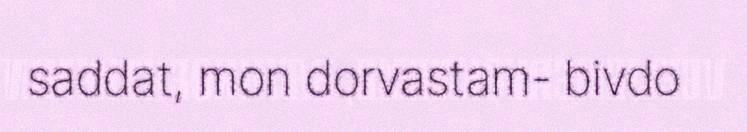
saddat, mon dorvastam- bivdo